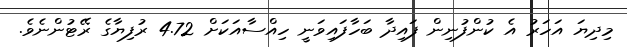
މިދިޔަ އަހަރު އެ ކުންފުނިން ފައިދާ ބަހާފައިވަނީ ހިއްސާއަކަށް 4.72 ރުފިޔާގެ ރޭޓުންނެވެ.